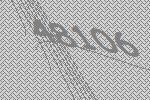
48106